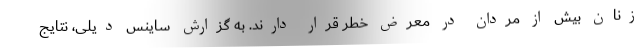
زنان بیش از مردان در معرض خطر قرار دارند. به گزارش ساینس دیلی، نتایج